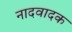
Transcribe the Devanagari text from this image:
नादवादक